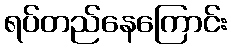
ရပ်တည်နေကြောင်း